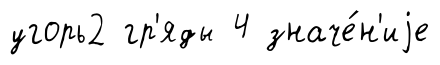
угорь2 гр'яды 4 значе́н'иjе